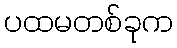
ပထမတစ်ခုက